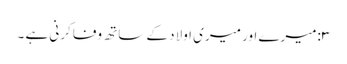
۳:میرے اور میری اولاد کے ساتھ وفا کرنی ہے ۔